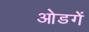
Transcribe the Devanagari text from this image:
ओडगें